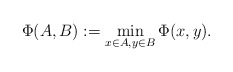
\begin{align*}\Phi(A,B) := \min_{x \in A, y\in B} \Phi(x,y).\end{align*}